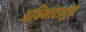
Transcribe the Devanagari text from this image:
अधिभारामुळे